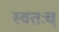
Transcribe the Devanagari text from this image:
स्वतःच्